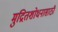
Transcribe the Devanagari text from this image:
मुद्रितशोधनासाठी